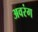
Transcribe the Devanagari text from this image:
अवरंग